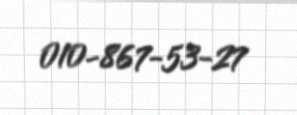
010-867-53-27